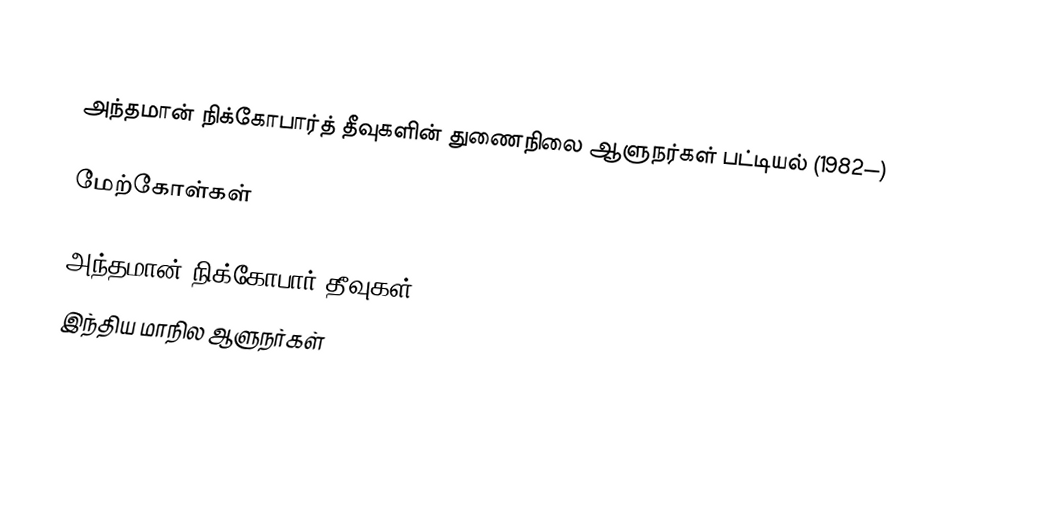

அந்தமான் நிக்கோபார்த் தீவுகளின் துணைநிலை ஆளுநர்கள் பட்டியல் (1982—)

மேற்கோள்கள்

அந்தமான் நிக்கோபார் தீவுகள்
இந்திய மாநில ஆளுநர்கள்